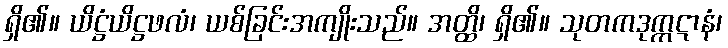
ရှိ၏။ ယိဋ္ဌံယိဋ္ဌဖလံ၊ ယစ်ခြင်းအကျိုးသည်။ အတ္ထိ၊ ရှိ၏။ သုတကဒုက္ကဋာနံ၊